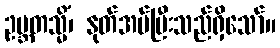
ဥဗ္ဘတသ္မိံ၊ နုတ်အပ်ပြီးသည်ရှိသော်။